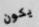
يكون